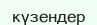
күзендер